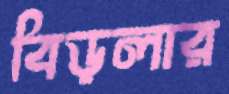
বিড়লার